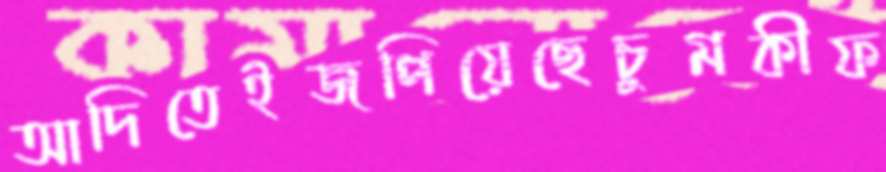
আদিতেইজপিয়েছেচুমকীফ